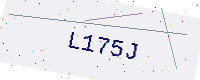
Text: L175J